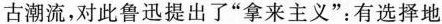
古潮流，对此鲁迅提出了“拿来主义”：有选择地